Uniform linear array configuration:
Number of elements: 4
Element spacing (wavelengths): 1
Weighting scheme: binomial
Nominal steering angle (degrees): -30
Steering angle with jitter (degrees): -31.155
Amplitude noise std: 0.05
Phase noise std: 0.05

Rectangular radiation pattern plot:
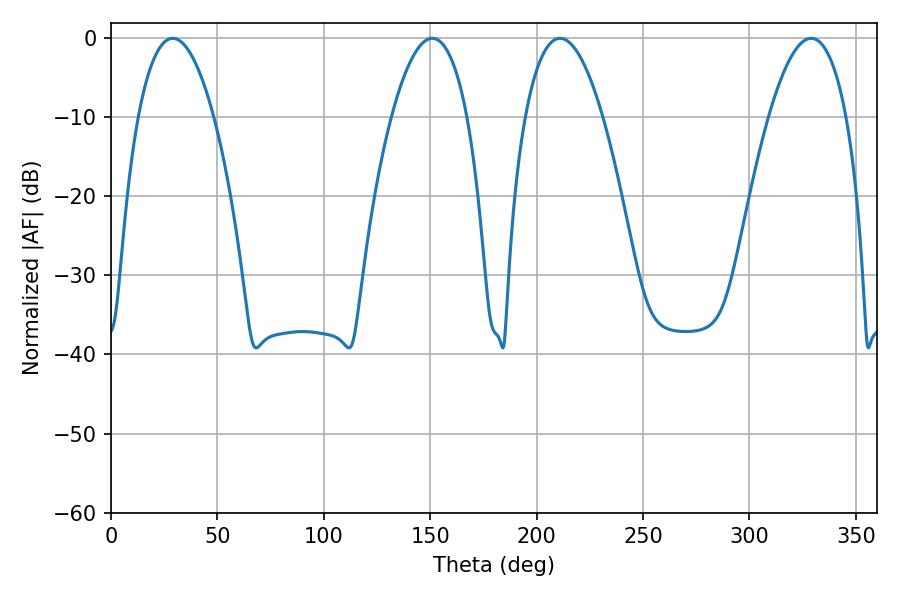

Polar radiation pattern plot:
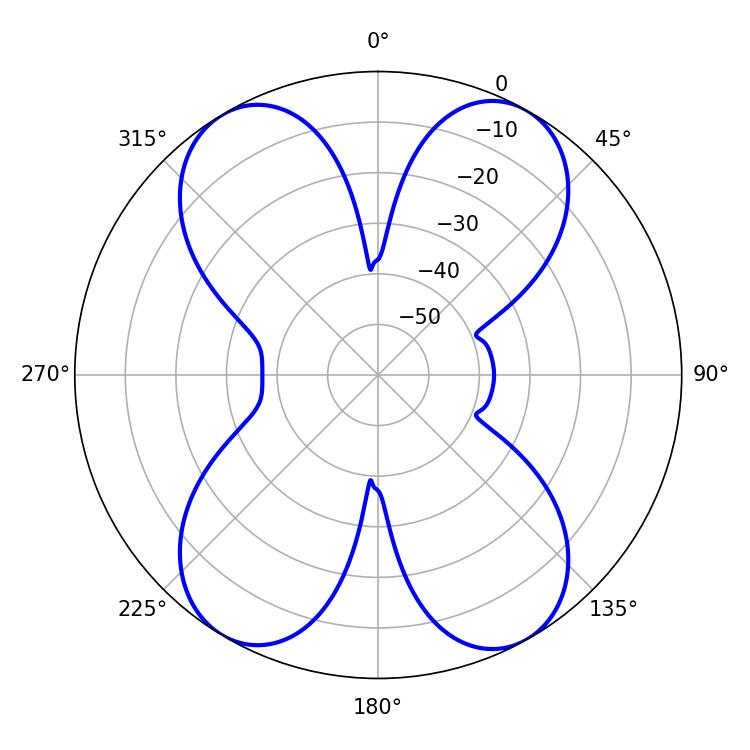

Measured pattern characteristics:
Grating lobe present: TRUE
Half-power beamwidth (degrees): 20.16
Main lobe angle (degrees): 210.96